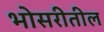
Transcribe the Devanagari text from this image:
भोसरीतील